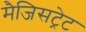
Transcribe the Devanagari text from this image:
मैजिसट्रेट